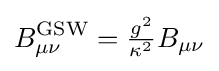
B_{\mu \nu }^{\text{GSW}}={\tfrac {g^{2}}{\kappa ^{2}}}B_{\mu \nu }